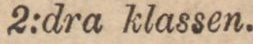
2:dra klassen.